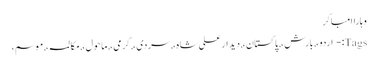
وہاراامباکر
Tags:- اردو،, بارش،, پاکستان،, دیدار علی شاہ،, سردی،, گرمی،, ماحول،, مکالمہ،, موسم،